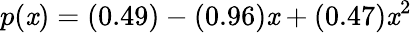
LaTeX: p(\mathit{x})=(0.49)-(0.96)\mathit{x}+(0.47)\mathit{x}^{2}